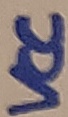
Text: VCC